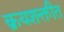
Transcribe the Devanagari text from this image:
क्रयशक्तीत